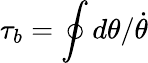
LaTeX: \tau_{b}=\oint d\theta/\dot{\theta}